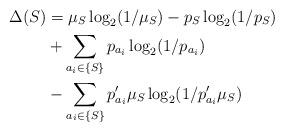
LaTeX: \begin{align*}\Delta(S) &= \mu_S \log_2 (1/\mu_S) - p_S \log_2 (1/p_S) \\&+\sum_{a_i \in \{S\}} p_{a_i} \log_2 (1/p_{a_i})\\&- \sum_{a_i \in \{S\}} p'_{a_i}\mu_S \log_2 (1/p'_{a_i}\mu_S)\end{align*}